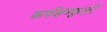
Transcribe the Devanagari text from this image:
कर्णशष्कुली